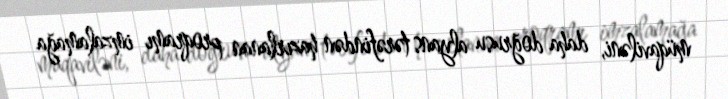
müqaviləni, daha doğrusu alyans tərəfindən hazırlanan proqramı imzalamağa